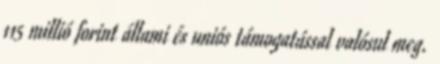
115 millió forint állami és uniós támogatással valósul meg.